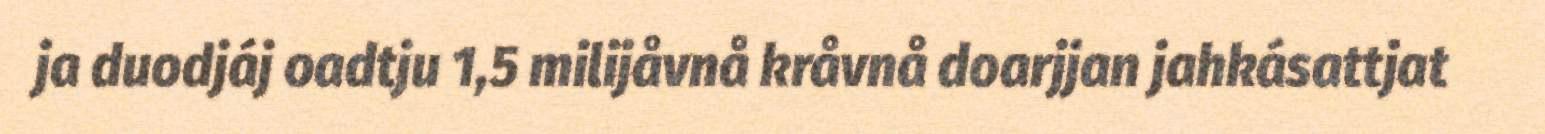
ja duodjáj oadtju 1,5 milijåvnå kråvnå doarjjan jahkásattjat